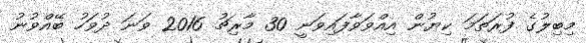
މިބިލުގެ ފުރަތަމަ ކިޔުން އިއްވަވާފައިވަނީ 30 މާރިޗު 2016 ވަނަ ދުވަހު ބޭއްވުނު